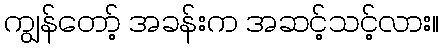
ကျွန်တော့် အခန်းက အဆင့်သင့်လား။